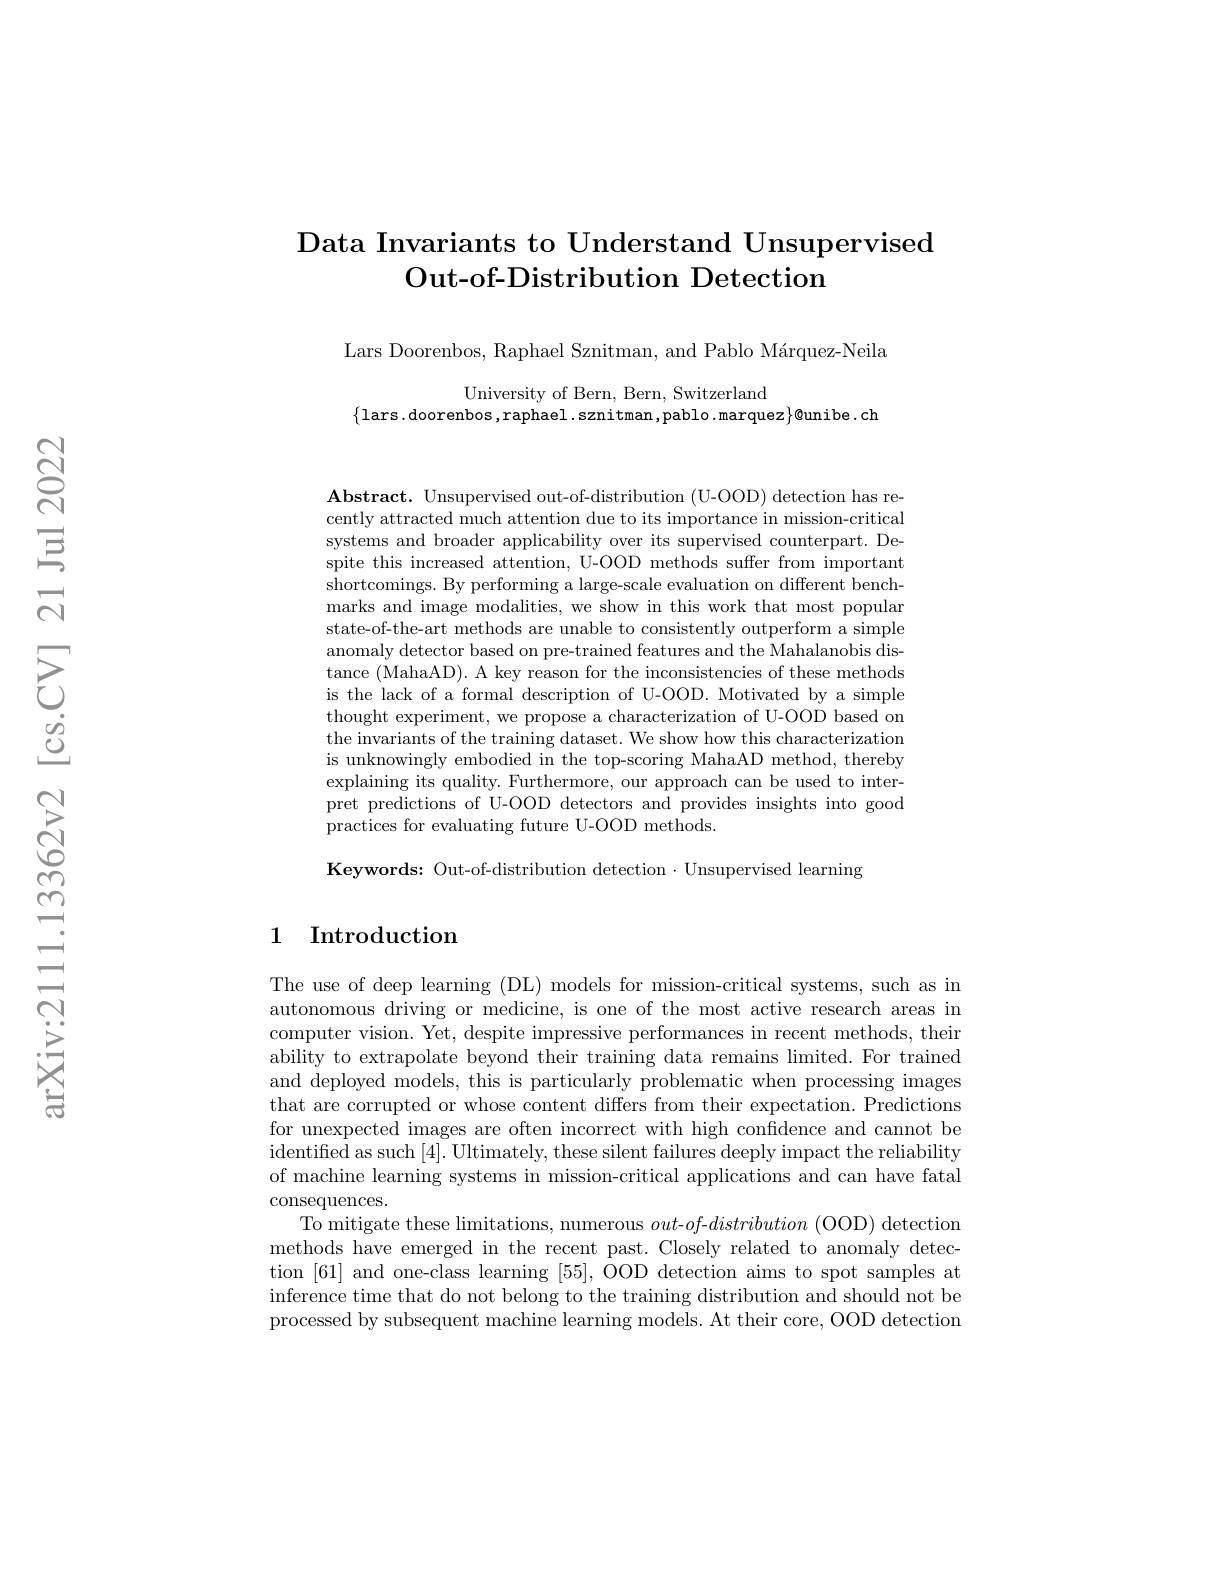
## Data Invariants to Understand Unsupervised Out- of- Distribution Detection

Lars Doorenbos, Raphael Sznitman, and Pablo Márquez-Neila

University of Bern, Bern, Switzerland
$\{$lars.doorenbos,raphael.sznitman,pablo.marquez$\}@$unibe.ch

$\textbf{Abstract. Unsupervised out- of- distribution ( U- OOD) detection has re- }$ cently attracted much attention due to its importance in mission-critical systems and broader applicability over its supervised counterpart. Despite this increased attention, U-OOD methods suffer from important shortcomings. By performing a large-scale evaluation on different benchmarks and image modalities, we show in this work that most popular state-of-the-art methods are unable to consistently outperform a simple anomaly detector based on pre-trained features and the Mahalanobis distance (MahaAD). A key reason for the inconsistencies of these methods is the lack of a formal description of U-OOD. Motivated by a simple thought experiment, we propose a characterization of U-OOD based on the invariants of the training dataset. We show how this characterization is unknowingly embodied in the top-scoring MahaAD method, thereby explaining its quality. Furthermore, our approach can be used to interpret predictions of U-OOD detectors and provides insights into good practices for evaluating future U-OOD methods.

Keywords: Out-of-distribution detection $\cdot$ Unsupervised learning

## 1 Introduction

The use of deep learning (DL) models for mission-critical systems, such as in autonomous driving or medicine, is one of the most active research areas in computer vision. Yet, despite impressive performances in recent methods, their ability to extrapolate beyond their training data remains limited. For trained and deployed models, this is particularly problematic when processing images that are corrupted or whose content differs from their expectation. Predictions for unexpected images are often incorrect with high confidence and cannot be identified as such [4]. Ultimately, these silent failures deeply impact the reliability of machine learning systems in mission-critical applications and can have fatal consequences.
To mitigate these limitations, numerous $out-of$-distribution (OOD) detection methods have emerged in the recent past. Closely related to anomaly detection [61] and one-class learning [55], OOD detection aims to spot samples at inference time that do not belong to the training distribution and should not be processed by subsequent machine learning models. At their core, OOD detection